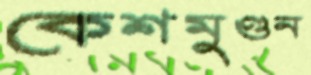
কেশমুণ্ডন